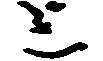
上